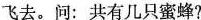
飞去。问：共有几只蜜蜂?